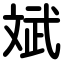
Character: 斌